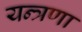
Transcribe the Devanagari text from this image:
यन्त्रणा